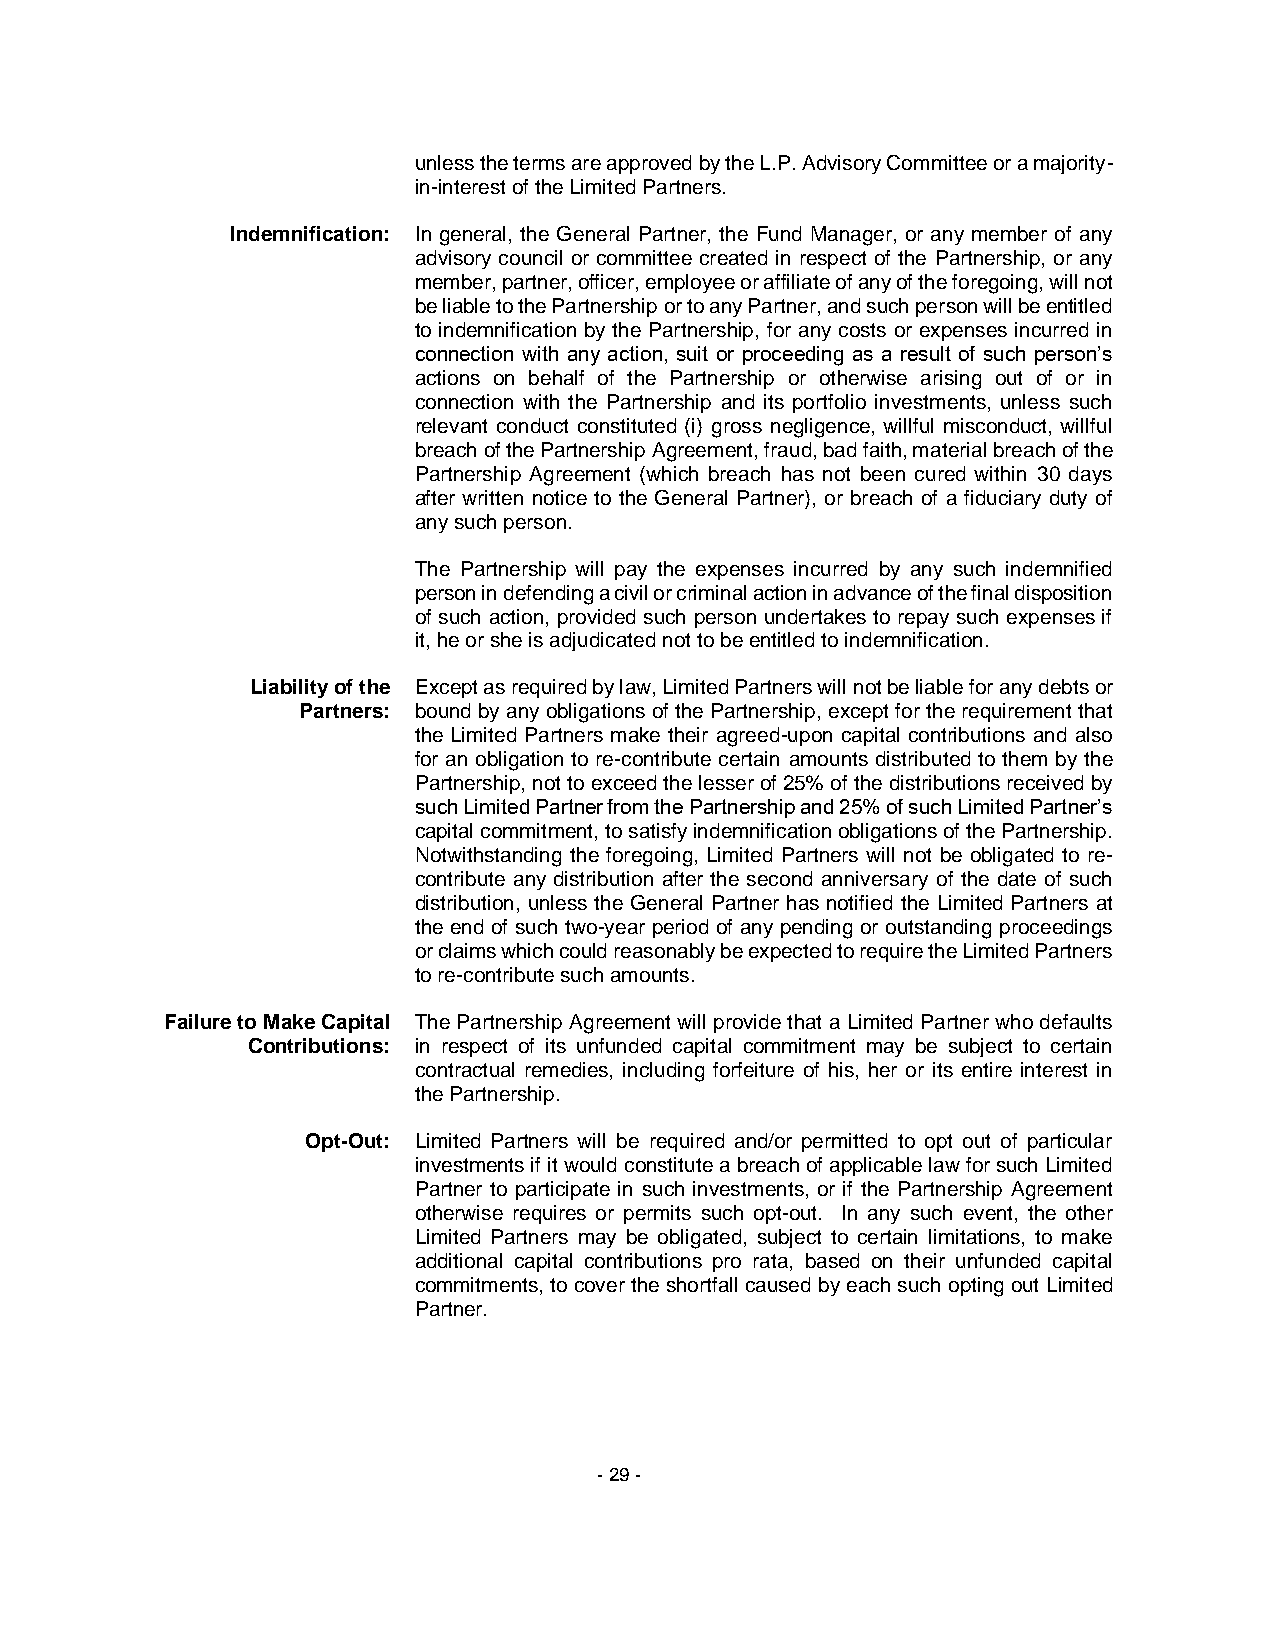
unless the terms are approved by the L.P. Advisory Committee or a majority-
 in-interest of the Limited Partners.
 Indemnification: In general, the General Partner, the Fund Manager, or any member of any
 advisory council or committee created in respect of the Partnership, or any
 member, partner, officer, employee or affiliate of any of the foregoing, will not
 be liable to the Partnership or to any Partner, and such person will be entitled
 to indemnification by the Partnership, for any costs or expenses incurred in
 connection with any action, suit or proceeding as a result of such person’s
 actions on behalf of the Partnership or otherwise arising out of or in
 connection with the Partnership and its portfolio investments, unless such
 relevant conduct constituted (i) gross negligence, willful misconduct, willful
 breach of the Partnership Agreement, fraud, bad faith, material breach of the
 Partnership Agreement (which breach has not been cured within 30 days
 after written notice to the General Partner), or breach of a fiduciary duty of
 any such person.
 The Partnership will pay the expenses incurred by any such indemnified
 person in defending a civil or criminal action in advance of the final disposition
 of such action, provided such person undertakes to repay such expenses if
 it, he or she is adjudicated not to be entitled to indemnification.
 Liability of the Except as required by law, Limited Partners will not be liable for any debts or
 Partners: bound by any obligations of the Partnership, except for the requirement that
 the Limited Partners make their agreed-upon capital contributions and also
 for an obligation to re-contribute certain amounts distributed to them by the
 Partnership, not to exceed the lesser of 25% of the distributions received by
 such Limited Partner from the Partnership and 25% of such Limited Partner’s
 capital commitment, to satisfy indemnification obligations of the Partnership.
 Notwithstanding the foregoing, Limited Partners will not be obligated to re-
 contribute any distribution after the second anniversary of the date of such
 distribution, unless the General Partner has notified the Limited Partners at
 the end of such two-year period of any pending or outstanding proceedings
 or claims which could reasonably be expected to require the Limited Partners
 to re-contribute such amounts.
 Failure to Make Capital The Partnership Agreement will provide that a Limited Partner who defaults
 Contributions: in respect of its unfunded capital commitment may be subject to certain
 contractual remedies, including forfeiture of his, her or its entire interest in
 the Partnership.
 Opt-Out: Limited Partners will be required and/or permitted to opt out of particular
 investments if it would constitute a breach of applicable law for such Limited
 Partner to participate in such investments, or if the Partnership Agreement
 otherwise requires or permits such opt-out. In any such event, the other
 Limited Partners may be obligated, subject to certain limitations, to make
 additional capital contributions pro rata, based on their unfunded capital
 commitments, to cover the shortfall caused by each such opting out Limited
 Partner.
 - 29 -